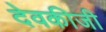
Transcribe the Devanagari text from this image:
देवकीजी